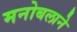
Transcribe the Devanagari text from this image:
मनोबलाने